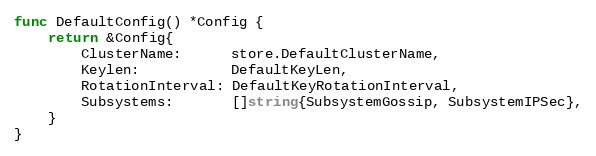
Language: Go
func DefaultConfig() *Config {
	return &Config{
		ClusterName:      store.DefaultClusterName,
		Keylen:           DefaultKeyLen,
		RotationInterval: DefaultKeyRotationInterval,
		Subsystems:       []string{SubsystemGossip, SubsystemIPSec},
	}
}